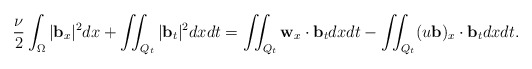
\begin{align*} &\frac{\nu}{2}\int_\Omega|\mathbf{b}_{x}|^2dx+ \iint_{Q_t} |\mathbf{b}_t|^2 dxdt = \iint_{Q_t} \mathbf{w}_x\cdot\mathbf{b}_t dxdt - \iint_{Q_t}(u\mathbf{b})_{x}\cdot\mathbf{b}_t dxdt. \\ \end{align*}